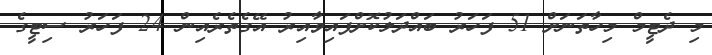
މި ދެޓީމް މިހާތަނަށް 51 ފަހަރު ބައްދަލުކޮށްފައިވާއިރު އޭގެތެރެއިން 24 ފަހަރު ސިޓީގެ